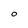
Character: O